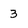
Character: 3